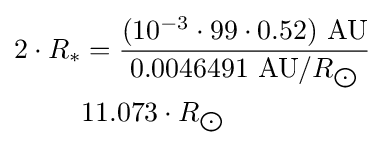
{\begin{aligned}2\cdot R_{*}&={\frac {(10^{-3}\cdot 99\cdot 0.52)\ {\text{AU}}}{0.0046491\ {\text{AU}}/R_{\bigodot }}}\\&11.073\cdot R_{\bigodot }\end{aligned}}